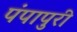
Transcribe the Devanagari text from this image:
पंपापुरी